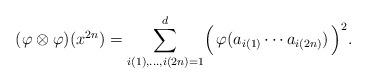
LaTeX: \begin{align*} ( \varphi \otimes \varphi ) (x^{2n}) = \sum_{i(1), \ldots , i(2n) =1}^d\Bigl( \, \varphi ( a_{i(1)} \cdots a_{i(2n)} ) \, \Bigr)^2.\end{align*}